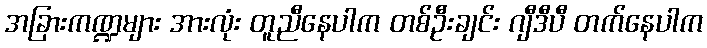
အခြားကဏ္ဍများ အားလုံး တူညီနေပါက တစ်ဦးချင်း ဂျီဒီပီ တက်နေပါက